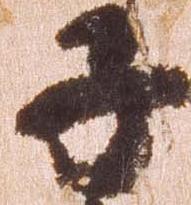
子